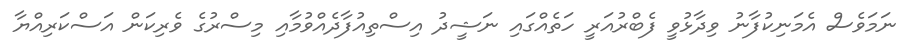
ނަމަވެސް އެމަނިކުފާނު ވިދާޅުވީ ފެބްރުއަރީ ހަތެއްގައި ނަޝީދު އިސްތިއުފާދެއްވުމާއި މިސްރުގެ ވެރިކަން އަސްކަރިއްޔާ